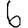
Digit: 6